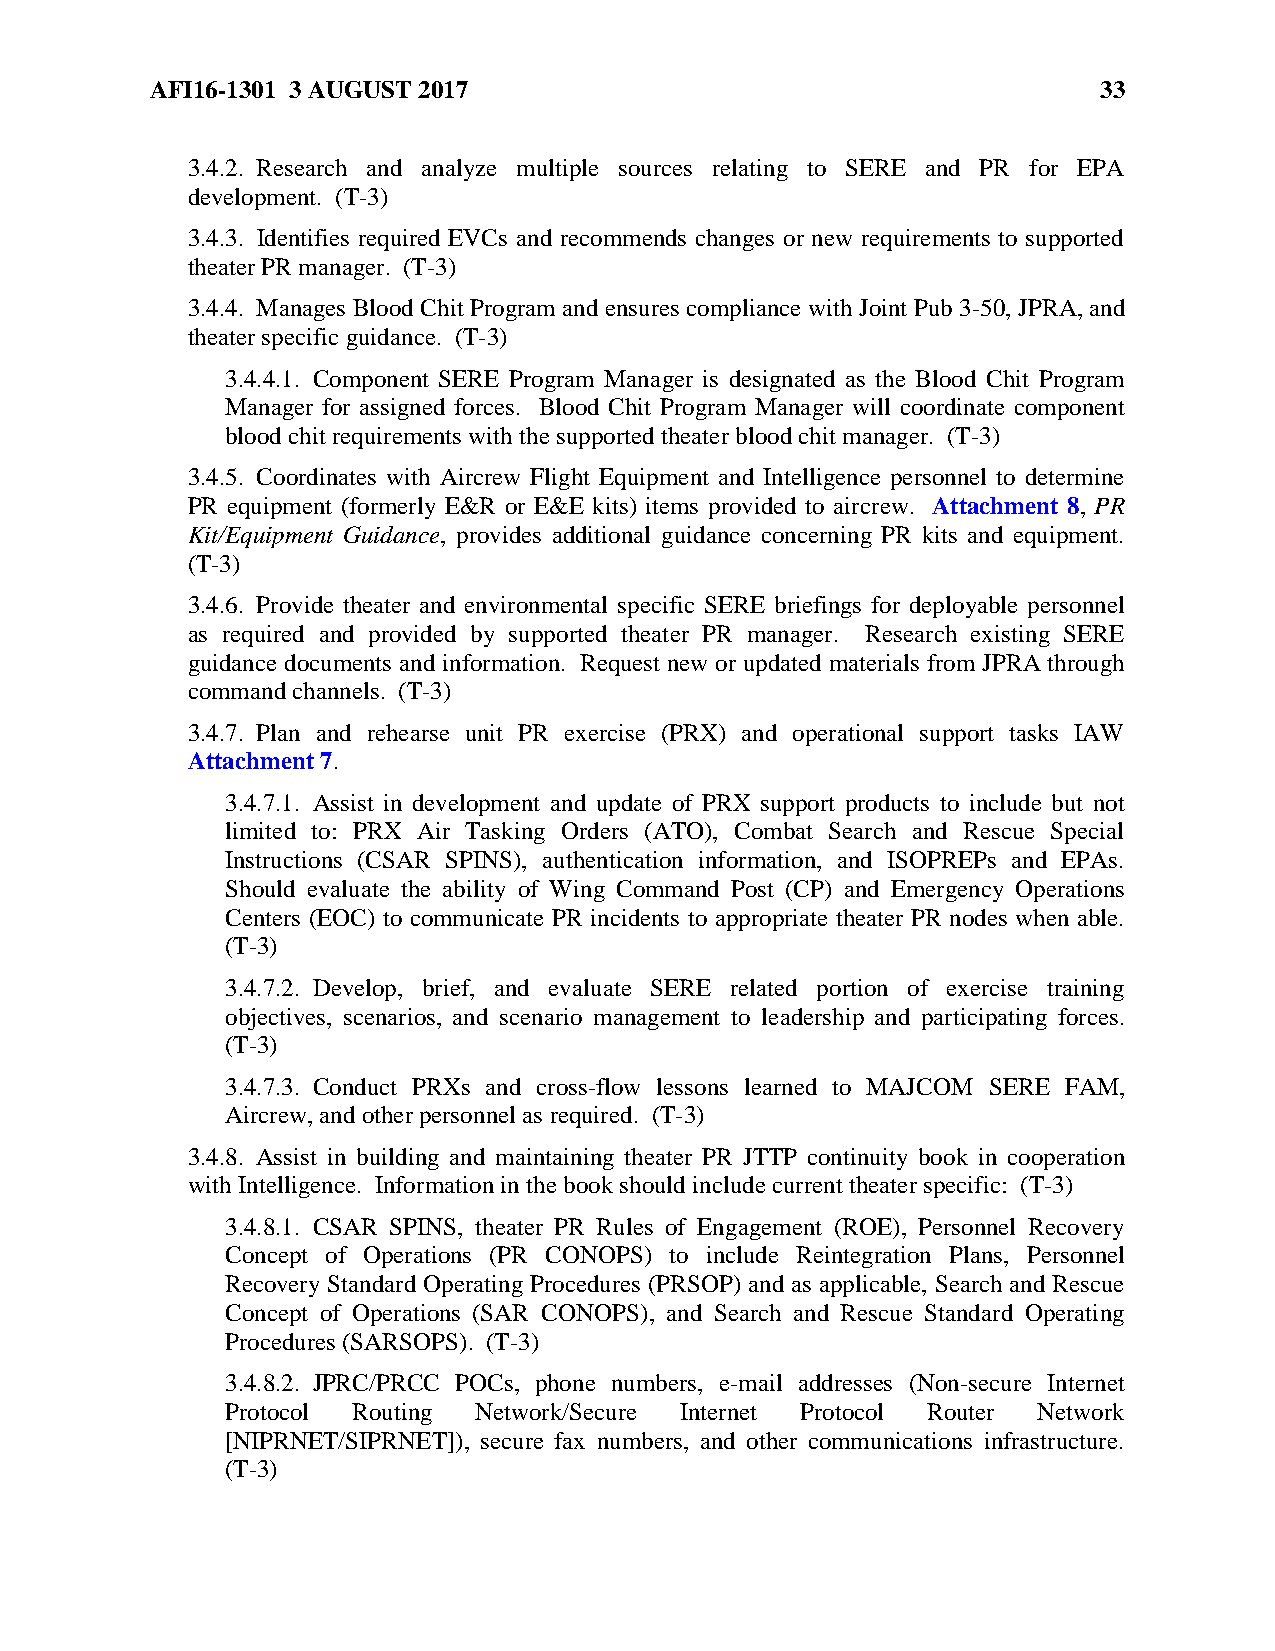
AFI16-1301 3 AUGUST 2017                                       33
 3.4.2. Research and analyze multiple sources relating to SERE and PR for EPA
 development. (T-3)
 3.4.3. Identifies required EVCs and recommends changes or new requirements to supported
 theater PR manager. (T-3)
 3.4.4. Manages Blood Chit Program and ensures compliance with Joint Pub 3-50, JPRA, and
 theater specific guidance. (T-3)
 3.4.4.1. Component SERE Program Manager is designated as the Blood Chit Program
 Manager for assigned forces. Blood Chit Program Manager will coordinate component
 blood chit requirements with the supported theater blood chit manager. (T-3)
 3.4.5. Coordinates with Aircrew Flight Equipment and Intelligence personnel to determine
 PR equipment (formerly E&R or E&E kits) items provided to aircrew. Attachment 8, PR
 Kit/Equipment Guidance, provides additional guidance concerning PR kits and equipment.
 (T-3)
 3.4.6. Provide theater and environmental specific SERE briefings for deployable personnel
 as required and provided by supported theater PR manager. Research existing SERE
 guidance documents and information. Request new or updated materials from JPRA through
 command channels. (T-3)
 3.4.7. Plan and rehearse unit PR exercise (PRX) and operational support tasks IAW
 Attachment 7.
 3.4.7.1. Assist in development and update of PRX support products to include but not
 limited to: PRX Air Tasking Orders (ATO), Combat Search and Rescue Special
 Instructions (CSAR SPINS), authentication information, and ISOPREPs and EPAs.
 Should evaluate the ability of Wing Command Post (CP) and Emergency Operations
 Centers (EOC) to communicate PR incidents to appropriate theater PR nodes when able.
 (T-3)
 3.4.7.2. Develop, brief, and evaluate SERE related portion of exercise training
 objectives, scenarios, and scenario management to leadership and participating forces.
 (T-3)
 3.4.7.3. Conduct PRXs and cross-flow lessons learned to MAJCOM SERE FAM,
 Aircrew, and other personnel as required. (T-3)
 3.4.8. Assist in building and maintaining theater PR JTTP continuity book in cooperation
 with Intelligence. Information in the book should include current theater specific: (T-3)
 3.4.8.1. CSAR SPINS, theater PR Rules of Engagement (ROE), Personnel Recovery
 Concept of Operations (PR CONOPS) to include Reintegration Plans, Personnel
 Recovery Standard Operating Procedures (PRSOP) and as applicable, Search and Rescue
 Concept of Operations (SAR CONOPS), and Search and Rescue Standard Operating
 Procedures (SARSOPS). (T-3)
 3.4.8.2. JPRC/PRCC POCs, phone numbers, e-mail addresses (Non-secure Internet
 Protocol Routing Network/Secure Internet Protocol Router Network
 [NIPRNET/SIPRNET]), secure fax numbers, and other communications infrastructure.
 (T-3)